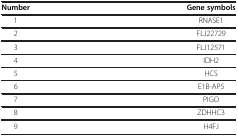
<table><thead><tr><td><b>Number</b></td><td><b>Gene symbols</b></td></tr></thead><tbody><tr><td>1</td><td>RNASE1</td></tr><tr><td>2</td><td>FLJ22729</td></tr><tr><td>3</td><td>FLJ12571</td></tr><tr><td>4</td><td>IDH2</td></tr><tr><td>5</td><td>HCS</td></tr><tr><td>6</td><td>E1B-AP5</td></tr><tr><td>7</td><td>PIGO</td></tr><tr><td>8</td><td>ZDHHC3</td></tr><tr><td>9</td><td>H4FJ</td></tr></tbody></table>